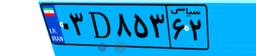
۳۲D۶۰۸۱۲